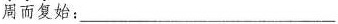
周而复始：___